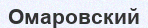
Омаровский